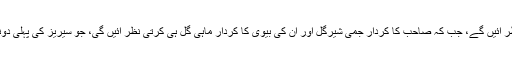
اس بار فلم میں گینگسٹر کا کردار سنجے دت کرتے نظر آئیں گے، جب کہ صاحب کا کردار جمی شیرگل اور ان کی بیوی کا کردار ماہی گل ہی کرتی نظر آئٰیں گی، جو سیریز کی پہلی دونوں فلموں میں بھی ان ہی کرداروں میں نظر آئے تھے۔